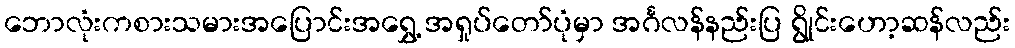
ဘောလုံးကစားသမားအပြောင်းအရွှေ့ အရှုပ်တော်ပုံမှာ အင်္ဂလန်နည်းပြ ရွိုင်းဟော့ဆန်လည်း